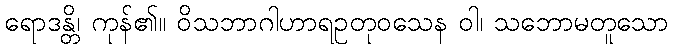
ရောဒန္တိ၊ ကုန်၏။ ဝိသဘာဂါဟာရဥတုဝသေန ဝါ၊ သဘောမတူသော